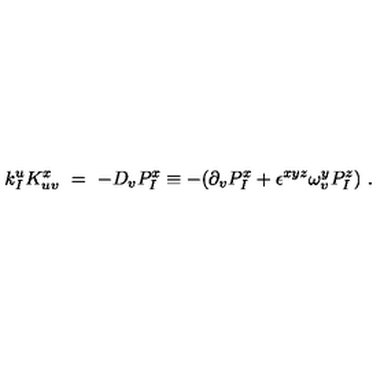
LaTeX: k _ { I } ^ { u } K _ { u v } ^ { x } \ = \ - D _ { v } P _ { I } ^ { x } \equiv - ( \partial _ { v } P _ { I } ^ { x } + \epsilon ^ { x y z } \omega _ { v } ^ { y } P _ { I } ^ { z } ) \ .